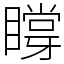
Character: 𥊼